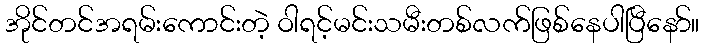
အိုင်တင်အရမ်းကောင်းတဲ့ ဝါရင့်မင်းသမီးတစ်လက်ဖြစ်နေပါပြီနော်။